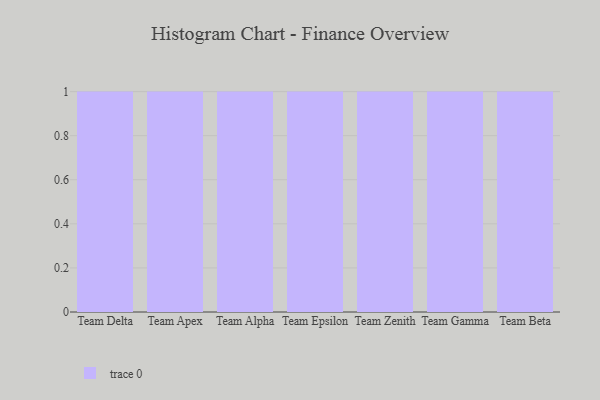
{"axis": {"x": "Team", "y": "Page Views"}, "legend": [""], "data": [{"x": "Team Delta", "y": 71, "type": ""}, {"x": "Team Apex", "y": 45, "type": ""}, {"x": "Team Alpha", "y": 44, "type": ""}, {"x": "Team Epsilon", "y": 25, "type": ""}, {"x": "Team Zenith", "y": 52, "type": ""}, {"x": "Team Gamma", "y": 41, "type": ""}, {"x": "Team Beta", "y": 78, "type": ""}]}